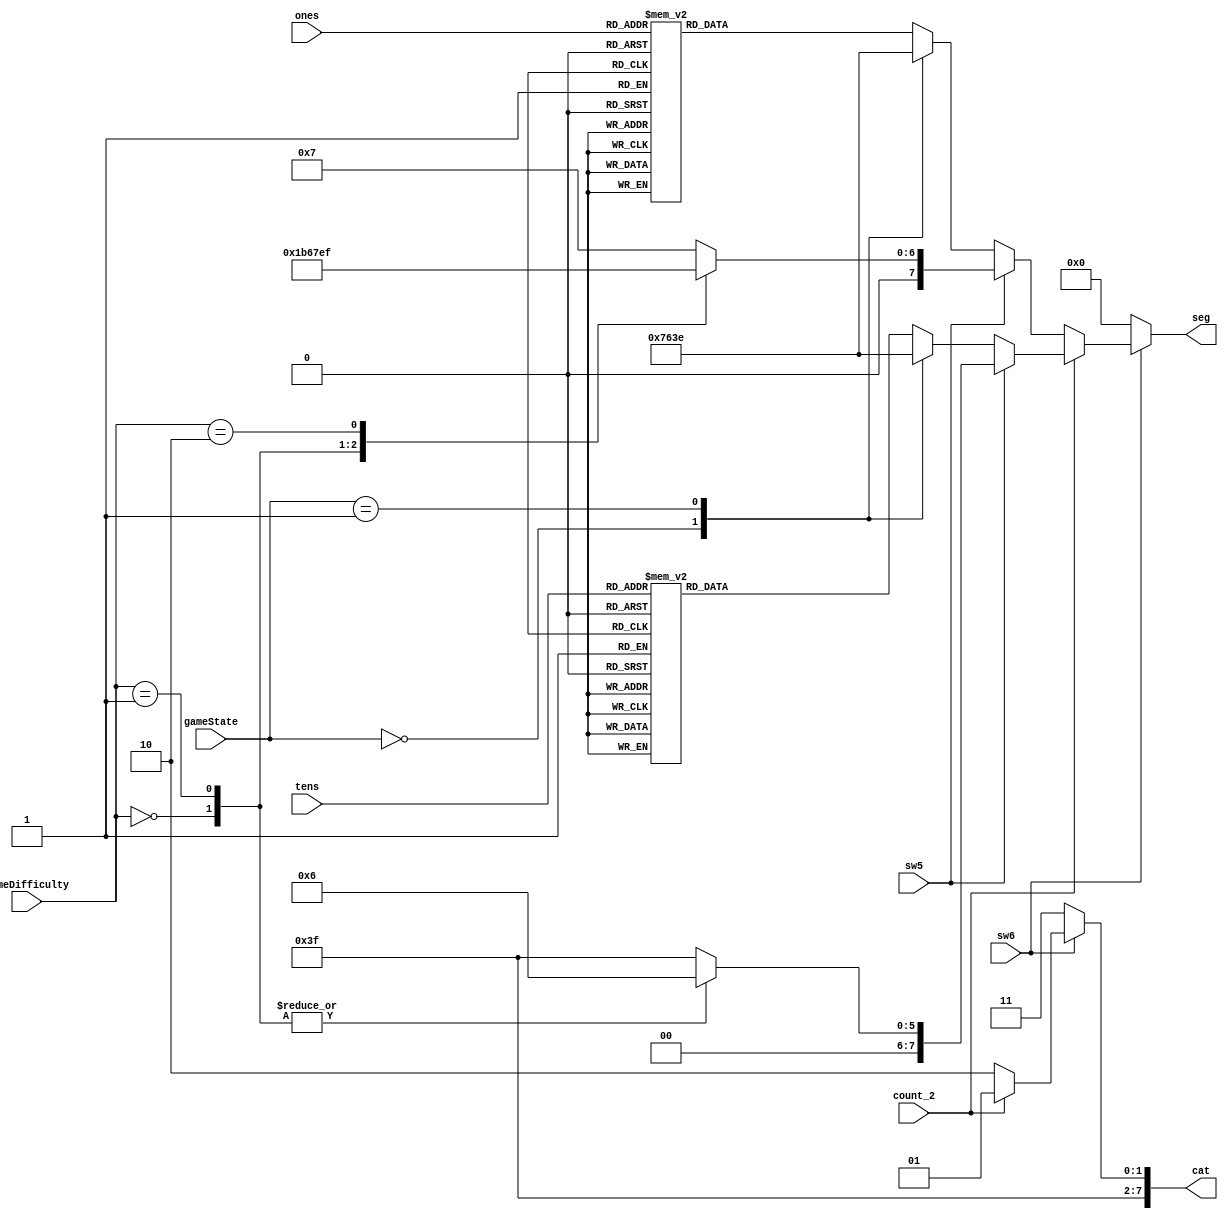
/**
 * DigitalTube
 * 
 */
module DigitalTube(
  input count_2,
  input sw6,
  input sw5,
  input [1:0] gameDifficulty,
  input [1:0] gameState,
  input [3:0] ones,
  input [3:0] tens,
  output reg [7:0] seg,
  output reg [7:0] cat
);

always @(*) begin
	case (sw6)
		1'd1:
			case (count_2)
				1'd0:begin		// 
					cat = 8'b1111_1110;
					case (sw5)
						1'd1:		// 
							case (gameDifficulty)
								0: seg = 8'b0110_1101;         // easy: 15
								1: seg = 8'b0100_1111;         // normal: 13
								2: seg = 8'b0110_1111;         // hard: 9
								default: seg = 8'b0000_0111;   // difficult: 7
							endcase
						default:		// 
							case (gameState)
								0: seg = 8'b0111_0110;	// 
								1: seg = 8'b0011_1110;	// 
								default: 
									case (ones)
										0: seg = 8'b0011_1111;
										1: seg = 8'b0000_0110;
										2: seg = 8'b0101_1011;
										3: seg = 8'b0100_1111;
										4: seg = 8'b0110_0110;
										5: seg = 8'b0110_1101;
										6: seg = 8'b0111_1101;
										7: seg = 8'b0000_0111;
										8: seg = 8'b0111_1111;
										default: seg = 8'b0110_1111;
									endcase
							endcase
					endcase
				end
				default:begin	// 
					cat = 8'b1111_1101;
					case (sw5)
						1'd1:		// 
							case (gameDifficulty)
								0: seg = 8'b0000_0110;         // easy: 15
								1: seg = 8'b0000_0110;         // normal: 13
								2: seg = 8'b0011_1111;         // hard: 9
								default: seg = 8'b0011_1111;   // difficult: 7
							endcase
						default:		// 
							case (gameState)
								0: seg = 8'b0111_0110;	// 
								1: seg = 8'b0011_1110;	// 
								default: 
									case (tens)
										0: seg = 8'b0011_1111;
										1: seg = 8'b0000_0110;
										2: seg = 8'b0101_1011;
										3: seg = 8'b0100_1111;
										4: seg = 8'b0110_0110;
										5: seg = 8'b0110_1101;
										6: seg = 8'b0111_1101;
										7: seg = 8'b0000_0111;
										8: seg = 8'b0111_1111;
										default: seg = 8'b0110_1111;
									endcase
							endcase
					endcase
				end
			endcase
		default: begin seg = 8'b0000_0000; cat = 8'b1111_1111; end
	endcase
end

endmodule